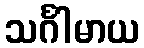
သင်္ဂါမာယ